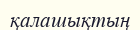
қалашықтың